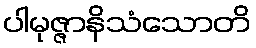
ပါမုဇ္ဇာနိသံသောတိ